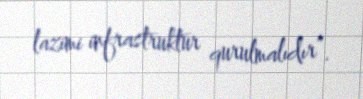
lazimi infrastruktur qurulmalıdır”.